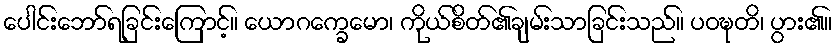
ပေါင်းဘော်ရခြင်းကြောင့်။ ယောဂက္ခေမော၊ ကိုယ်စိတ်၏ချမ်းသာခြင်းသည်။ ပဝဍ္ဎတိ၊ ပွား၏။